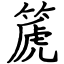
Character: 篪